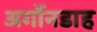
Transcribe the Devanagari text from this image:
अर्गोनडाह